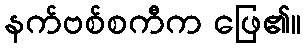
နက်ဗစ်စကီက ဖြေ၏။